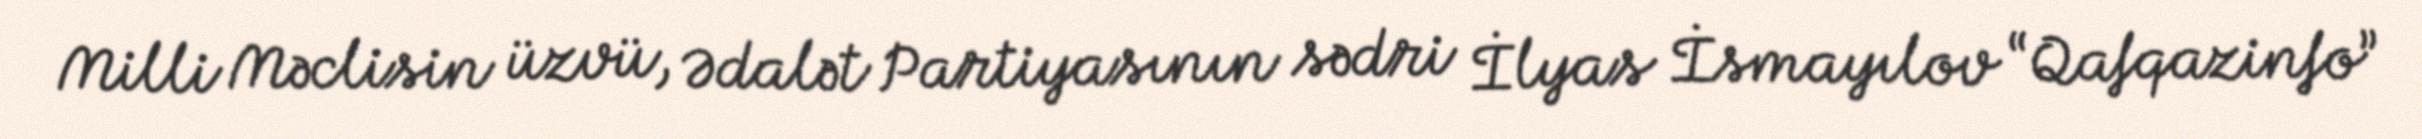
Milli Məclisin üzvü, Ədalət Partiyasının sədri İlyas İsmayılov “Qafqazinfo”